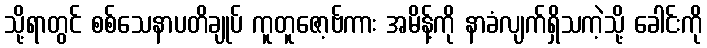
သို့ရာတွင် စစ်သေနာပတိချုပ် ကူတူဇော့ဗ်ကား အမိန့်ကို နာခံလျက်ရှိသကဲ့သို့ ခေါင်းကို